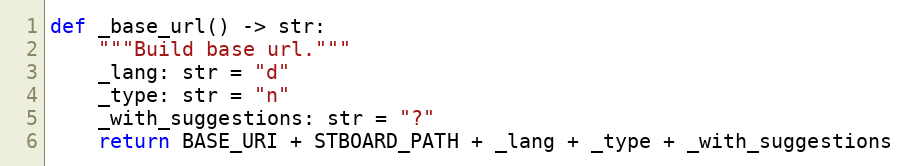
Language: Python
def _base_url() -> str:
    """Build base url."""
    _lang: str = "d"
    _type: str = "n"
    _with_suggestions: str = "?"
    return BASE_URI + STBOARD_PATH + _lang + _type + _with_suggestions